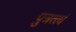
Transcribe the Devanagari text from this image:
पुत्रत्त्वं